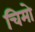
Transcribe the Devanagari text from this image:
चिमो